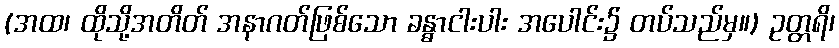
(အထ၊ ထိုသို့အတိတ် အနာဂတ်ဖြစ်သော ခန္ဓာငါးပါး အပေါင်း၌ တပ်သည်မှ။) ဥတ္တရိ၊